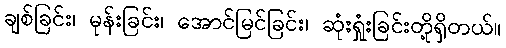
ချစ်ခြင်း၊ မုန်းခြင်း၊ အောင်မြင်ခြင်း၊ ဆုံးရှုံးခြင်းတို့ရှိတယ်။